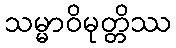
သမ္မာဝိမုတ္တိဿ